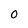
Character: 0